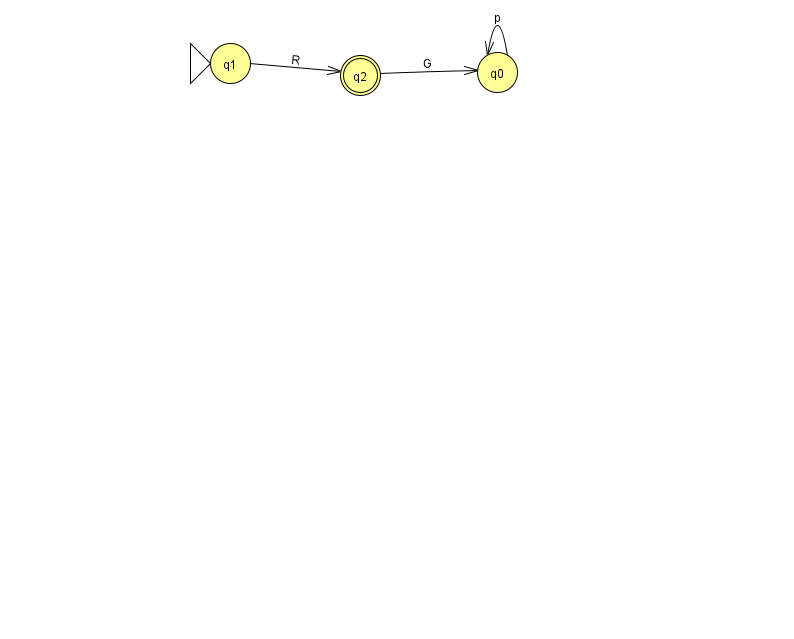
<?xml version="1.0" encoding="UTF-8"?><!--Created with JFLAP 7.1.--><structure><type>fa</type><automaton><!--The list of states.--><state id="0" name="q0"><x>497.0</x><y>59.0</y></state><state id="1" name="q1"><x>230.0</x><y>50.0</y><initial/></state><state id="2" name="q2"><x>360.0</x><y>62.0</y><final/></state><!--The list of transitions.--><transition><from>0</from><to>0</to><read>p</read></transition><transition><from>2</from><to>0</to><read>G</read></transition><transition><from>1</from><to>2</to><read>R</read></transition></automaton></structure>